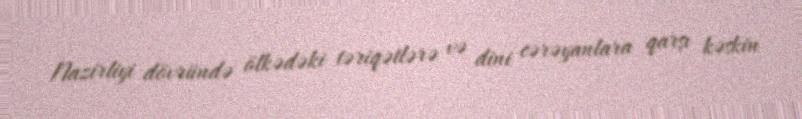
Nazirliyi dövründə ölkədəki təriqətlərə və dini cərəyanlara qarşı kəskin